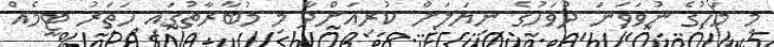
މި މަހުގެ ނުވަވަނަ ދުވަހުގެ ނިޔަލަށް ކުރިއަށްދާ މި މުބާރާތުގައި ހަތަރު ޓީމެއް